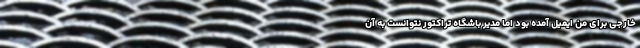
خارجی برای من ایمیل آمده بود اما مدیر باشگاه تراکتور نتوانست به آن